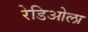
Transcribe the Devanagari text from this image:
रेडिओला